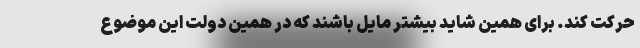
حرکت کند. برای همین شاید بیشتر مایل باشند که در همین دولت این موضوع